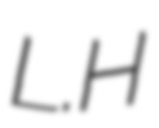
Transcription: L.H